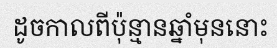
ដូចកាលពីប៉ុន្មានឆ្នាំមុននោះ